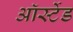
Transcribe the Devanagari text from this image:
ऑर्स्टेड